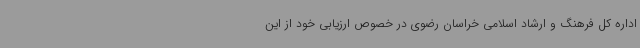
اداره کل فرهنگ و ارشاد اسلامی خراسان رضوی در خصوص ارزیابی خود از این